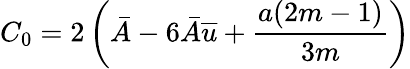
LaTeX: C_{0}=2\left(\bar{A}-6\bar{A}\overline{{u}}+\frac{a(2m-1)}{3m}\right)